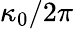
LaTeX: \kappa_{0}/2\pi